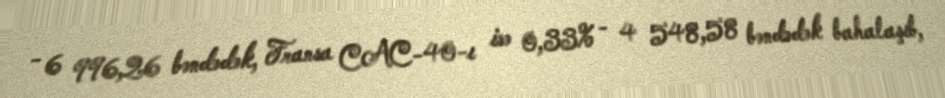
- 6 996,26 bəndədək, Fransa CAC-40-ı isə 0,33% - 4 548,58 bəndədək bahalaşıb,